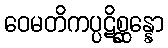
ဝေမတိကပ္ပဋိစ္ဆန္နော